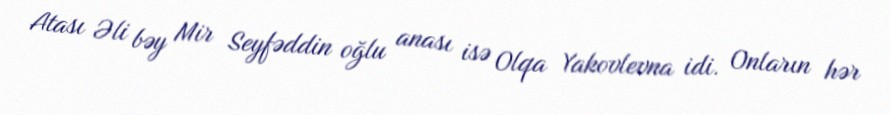
Atası Əli bəy Mir Seyfəddin oğlu anası isə Olqa Yakovlevna idi. Onların hər